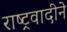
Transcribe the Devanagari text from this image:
राष्ट्रवादीने